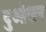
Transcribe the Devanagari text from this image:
दुओलन